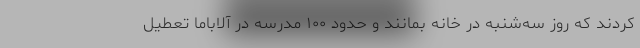
کردند که روز سه‌شنبه در خانه بمانند و حدود ۱۰۰ مدرسه در آلاباما تعطیل